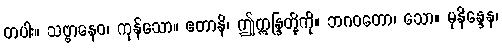
တပါး။ သဗ္ဗာနေဝ၊ ကုန်သော။ ဧတာနိ၊ ဤဣန္ဒြတို့ကို။ ဘဂဝတော၊ သော။ မုနိန္ဒေန၊